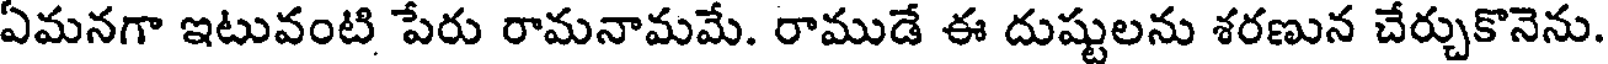
ఏమనగా ఇటువంటి పేరు రామనామమే. రాముడే ఈ దుష్టులను శరణున చేర్చుకొనెను